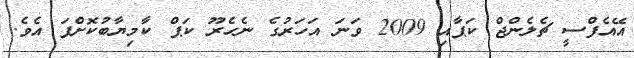
އޭއެފްސީ ޗެލެންޖް ކަޕާއި 2009 ވަނަ އަހަރުގެ ނެހެރޫ ކަޕް ކާމިޔާބުކޮށްފަ އެވެ.